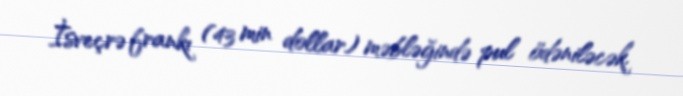
İsveçrə frankı (43 min dollar) məbləğində pul ödəniləcək.